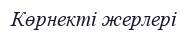
Көрнекті жерлері